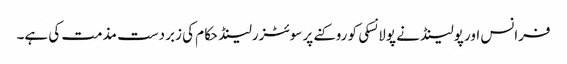
فرانس اور پولینڈ نے پولانسکی کو روکنے پر سوئٹزرلینڈ حکام کی زبردست مذمت کی ہے۔